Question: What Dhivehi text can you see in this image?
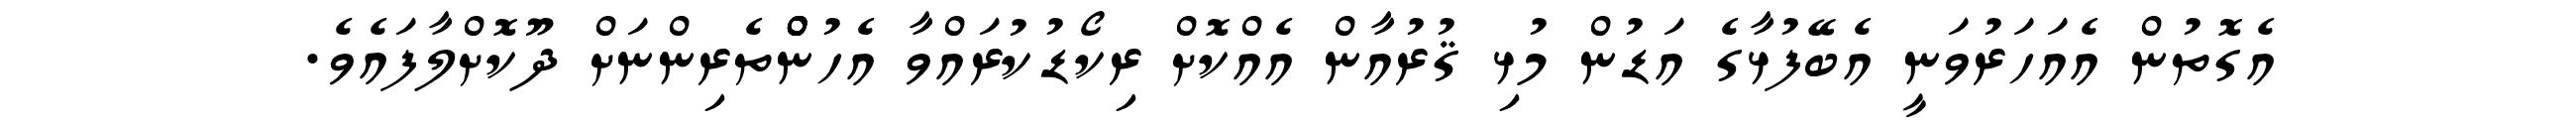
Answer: އެގޮތުން އެއަހަރުވަނީ އެބޭފުޅާގެ އަޑުން މުޅި ޤުރުއާން އެއްކޮށް ރިކޯޑުކުރައްވާ އެހުންްްްްްތެރިންނަށް ދޫކޮށްލާފައެވެ.